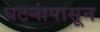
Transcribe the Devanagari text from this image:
घटनांपासून